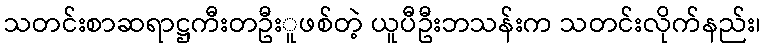
သတင်းစာဆရာဋ္ဌကီးတဦးူဖစ်တဲ့ ယူပီဦးဘသန်းက သတင်းလိုက်နည်း၊